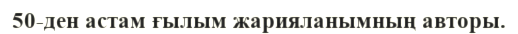
50-ден астам ғылым жарияланымның авторы.